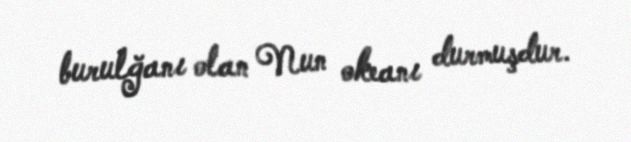
burulğanı olan Nun okeanı durmuşdur.